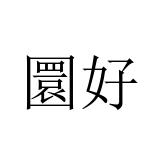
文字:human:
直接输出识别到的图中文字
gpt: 圜好